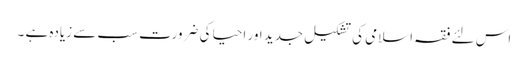
اس لئے فقہ اسلامی کی تشکیل جدید اور احیا کی ضرورت سب سے زیادہ ہے ۔